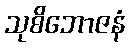
သုစိဘောဇနံ